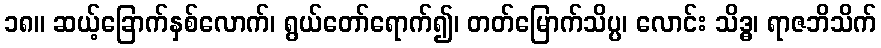
၁၈။ ဆယ့်ခြောက်နှစ်လောက်၊ ရွယ်တော်ရောက်၍၊ တတ်မြောက်သိပ္ပ၊ လောင်း သိဒ္ဓ၊ ရာဇဘိသိက်